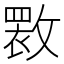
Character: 𫿏